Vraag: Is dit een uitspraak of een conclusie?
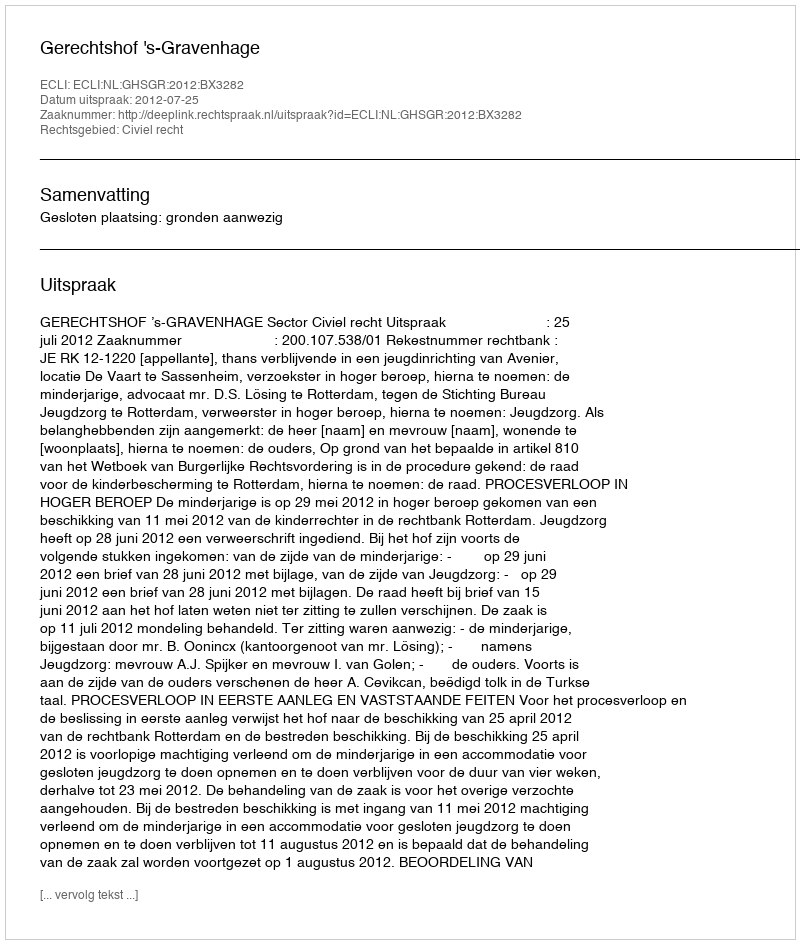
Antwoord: Uitspraak